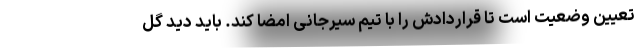
تعیین وضعیت است تا قراردادش را با تیم سیرجانی امضا کند. باید دید گل